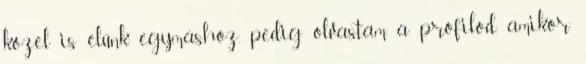
közel is élünk egymáshoz. pedig olvastam a profilod, amikor